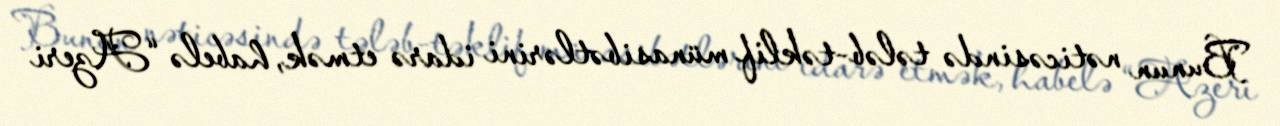
Bunun nəticəsində tələb-təklif münasibətlərini idarə etmək, habelə “Azeri